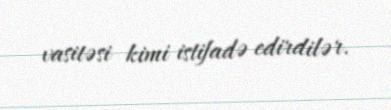
vasitəsi kimi istifadə edirdilər.